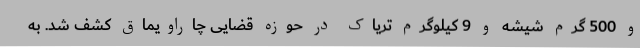
و 500 گرم شیشه و 9 کیلوگرم تریاک در حوزه قضایی چاراویماق کشف شد. به